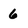
Character: 6